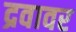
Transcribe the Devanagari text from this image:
द्रवावर